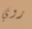
روي